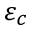
\varepsilon _ { c }